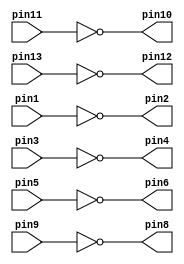
// 74LS04/05 (six inverters)
module v7404 (pin1, pin3, pin5, pin9, pin11, pin13, pin2, pin4, pin6, pin8, pin10, pin12);
input pin1, pin3, pin5, pin9, pin11, pin13;
output  pin2, pin4, pin6, pin8, pin10, pin12;

assign pin2 = ~pin1;
assign pin4 = ~pin3;
assign pin6 = ~pin5;
assign pin8 = ~pin9;
assign pin10 = ~pin11;
assign pin12 = ~pin13;

endmodule

module v7408 (pin1, pin2, pin4, pin5, pin9, pin10, pin12, pin13, pin3, pin6, pin8, pin11);
input pin1, pin2, pin4, pin5, pin9, pin10, pin12, pin13;
output pin3, pin6, pin8, pin11;

assign pin3 = pin1 & pin2;
assign pin6 =  pin4 & pin5;
assign pin8 = pin9 & pin10;
assign pin11 = pin12 & pin13;

endmodule

// 74LS32 (four 2-input OR gates)
module v7432 (pin1, pin2, pin4, pin5, pin9, pin10, pin12, pin13, pin3, pin6, pin8, pin11);
input pin1, pin2, pin4, pin5, pin9, pin10, pin12, pin13;
output pin3, pin6, pin8, pin11;

assign pin3 = (pin1)|(pin2);
assign pin6 =  (pin4)|(pin5);
assign pin8 = (pin9)|(pin10);
assign pin11 = (pin12)|(pin13);

endmodule


module mux2to1 (x,y,s,m);
//module mux2to1(SW, LEDR);

input x, y, s;
output m;

// Remove Below after Simulation Test
//input [9:0] SW;
//output [9:0] LEDR;

wire AND1_in, AND2_in, OR1_in, OR2_in;

// NOT Gate#1:
//v7404 NOT_GATE1(.pin1(s), .pin2(AND1_in));

// NOT Gate #2:
v7404 NOT_GATE2(.pin3(s), .pin4(AND2_in));

// AND Gate#1
v7408 AND_GATE1(.pin1(x), .pin2(AND2_in), .pin3(OR1_in));

// AND GATE#2
v7408 AND_GATE2(.pin1(y), .pin2(s), .pin3(OR2_in));

// OR Gate
v7432 OR_GATE1(.pin1(OR1_in), .pin2(OR2_in), .pin3(m));

endmodule